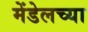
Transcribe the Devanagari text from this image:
मेंडेलच्या